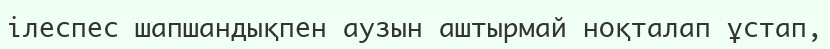
ілеспес шапшандықпен аузын аштырмай ноқталап ұстап,